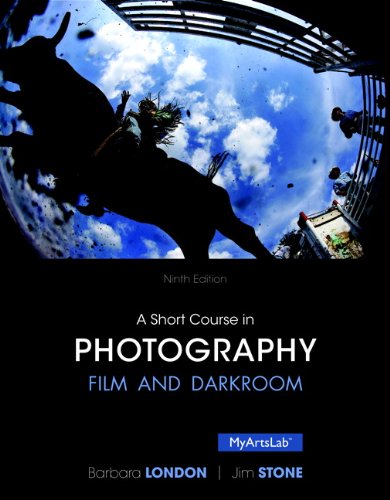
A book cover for A Short Course in Photography: Film and Darkroom (9th Edition); Barbara London; Humor & Entertainment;